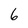
Character: 6